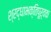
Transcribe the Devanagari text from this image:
श्रद्धाभक्तिपूर्वक